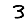
Digit: 3